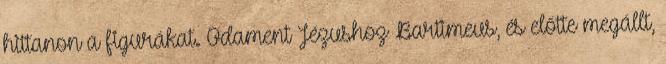
hittanon a figurákat. Odament Jézushoz Bartimeus, és előtte megállt,